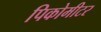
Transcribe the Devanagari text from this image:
पिकोमीटर